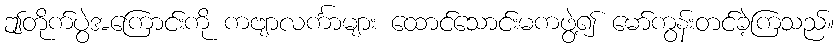
ဤတိုက်ပွဲအကြောင်းကို ကဗျာလင်္ကာများ ထောင်သောင်းမကဖွဲ့၍ မော်ကွန်းတင်ခဲ့ကြသည်။